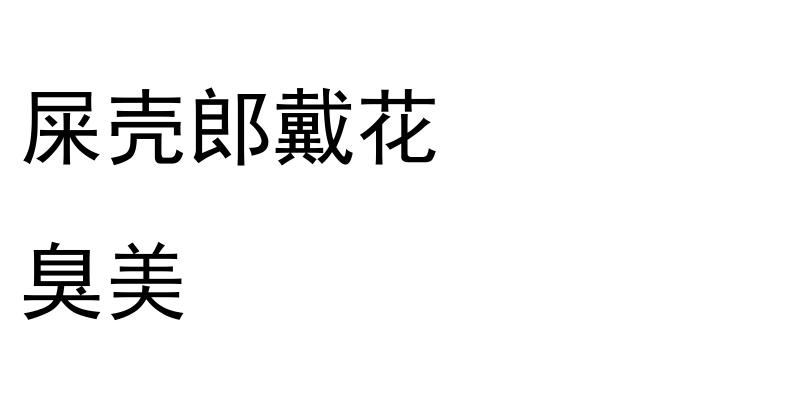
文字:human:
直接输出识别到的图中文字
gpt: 屎壳郎戴花 臭美